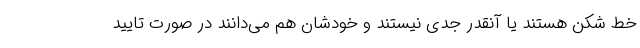
خط شکن هستند یا آنقدر جدی نیستند و خودشان هم می‌دانند در صورت تایید